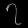
Digit: ၇